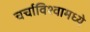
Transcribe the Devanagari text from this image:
चर्चाविश्वामध्ये